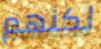
لكنهم